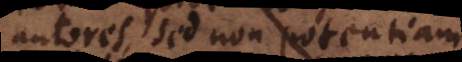
autores, sed non potentiam